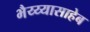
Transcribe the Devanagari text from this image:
भैय्य्यासाहेब